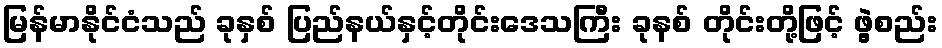
မြန်မာနိုင်ငံသည် ခုနှစ် ပြည်နယ်နှင့်တိုင်းဒေသကြီး ခုနစ် တိုင်းတို့ဖြင့် ဖွဲ့စည်း